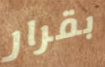
بقرار